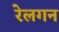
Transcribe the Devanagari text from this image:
रेलगन